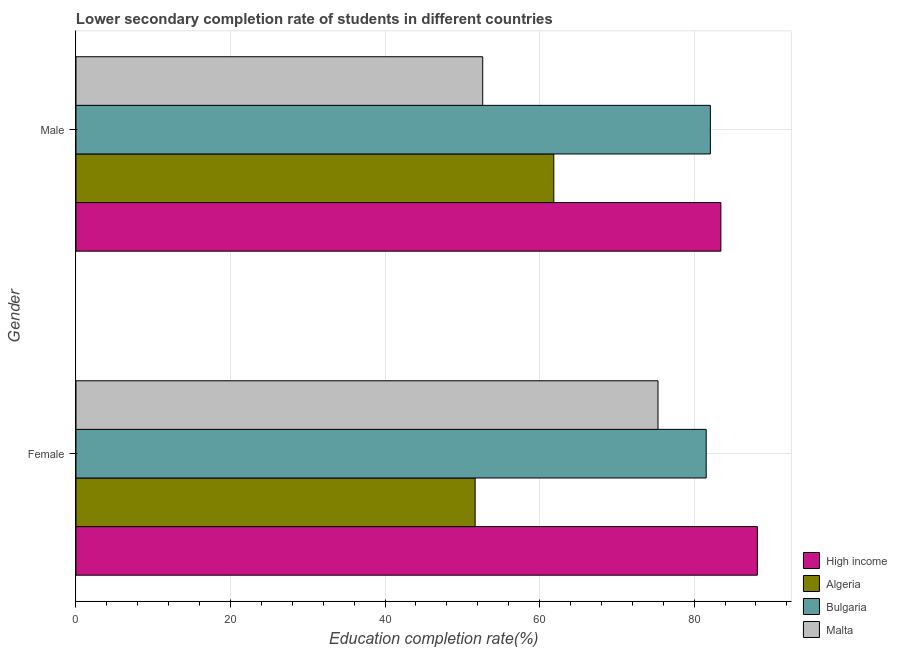
| Gender | High income | Algeria | Bulgaria | Malta |
 | --- | --- | --- | --- | --- |
 | Female | 88.2 | 51.7 | 81.6 | 75.3 |
 | Male | 83.5 | 61.8 | 82.1 | 52.6 |